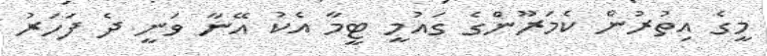
މީގެ އިތުރުން ކެމަރޫންގެ ގައުމީ ޓީމާ އެކު އޭނާ ވަނީ ދެ ފަހަރު